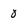
Character: 0